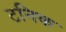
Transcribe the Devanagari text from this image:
टनिक